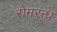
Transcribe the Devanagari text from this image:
रोमरन्ध्र